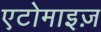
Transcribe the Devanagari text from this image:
एटोमाइज़